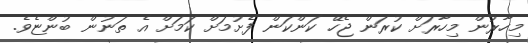
މިހާރުން މިހާރަށް ކުރަން ޖެހޭ ކަންކަން ފެށުމަށް ކަމަށް އެ ތަނުން ބުންޏެވެ.